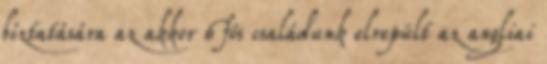
bíztatására az akkor 6 fős családunk elrepült az angliai